Medical and sanitary report on the native army of Bombay for the year
Year: 1879
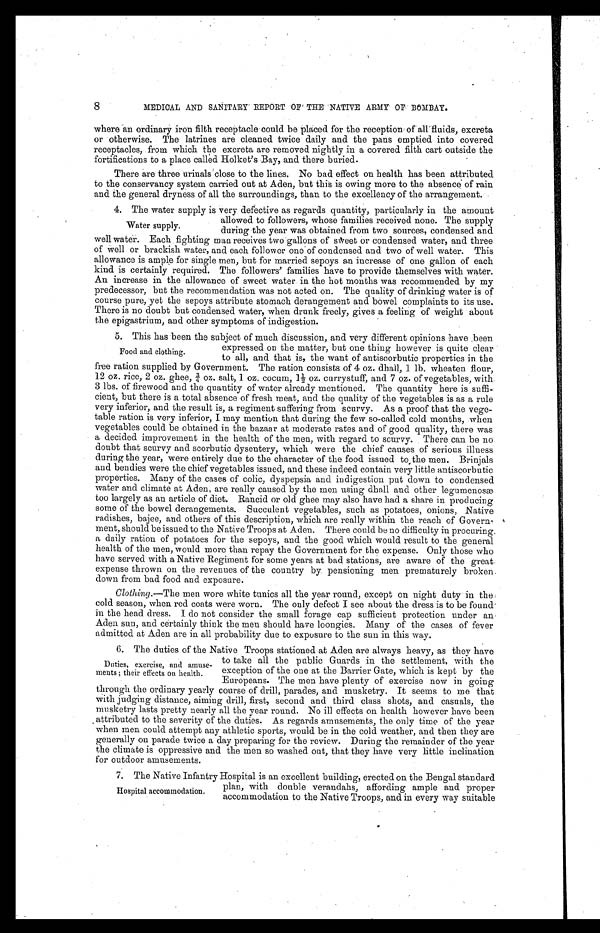
8
MEDICAL AND SANITARY REPORT OF' THE NATIVE ARMY OF BOMBAY.
where an ordinary iron filth receptacle could be placed for the reception of all fluids, excreta
or otherwise. The latrines are cleaned twice daily and the pans emptied into covered
receptacles, from which the excreta are removed nightly in a covered filth cart outside the
fortifications to a place called Holket's Bay, and there buried.
There are three urinals close to the lines. No bad effect on health has been attributed
to the conservancy system carried out at Aden, but this is owing more to the absence of rain
and the general dryness of all the surroundings, than to the excellency of the arrangement.
4. The water supply is very defective as regards quantity, particularly in the amount
allowed to followers, whose families received none. The supply
during the year was obtained from two sources, condensed and
well water. Each fighting man receives two gallons of sweet or condensed water, and three
of well or brackish water, and each follower one of condensed and two of well water. This
allowance is ample for single men, but for married sepoys an increase of one gallon of each
kind is certainly required. The followers' families have to provide themselves with water.
An increase in the allowance of sweet water in the hot months was recommended by my
predecessor, but the recommendation was not acted on. The quality of drinking water is of
course pure, yet the sepoys attribute stomach derangement and bowel complaints to its use.
There is no doubt but condensed water, when drunk freely, gives a feeling of weight about
the epigastrium, and other symptoms of indigestion.
5. This has been the subject of much discussion, and very different opinions have been
expressed on the matter, but one thing however is quite clear
to all, and that is, the want of antiscorbutic properties in the
free ration supplied by Government. The ration consists of 4 oz. dhall, 1 lb. wheaten flour,
12 oz. r i ce, 2 oz. ghee, ¾oz. sal t , 1 oz. cocum, 1½ oz. cur r y- st uf f , and 7 oz. of veget abl es, wi t h
3 lbs. of firewood and the quantity of water already mentioned. The quantity here is suffi
cient, but there is a total absence of fresh meat, and the quality of the vegetables is as a rule
very inferior, and the result is, a regiment suffering from scurvy. As a proof that the vege-
table ration is very inferior, I may mention that during the few so-called cold months, when
vegetables could be obtained in the bazaar at moderate rates and of good quality, there was
• a decided improvement in the health of the men, with regard to scurvy. . There can be no-
doubt that scurvy and scorbutic dysentery, which were the chief causes of serious illness
- during the year, were entirely due to the character of the food issued to the men. Brinjals
and bendies were the chief vegetables issued, and these indeed contain very little antiscorbutic
properties. Many of the cases of colic, dyspepsia and indigestion put down to condensed
water and climate at Aden, are really caused by the men using dhall and other legumenosæ
too largely as an article of diet. Rancid or old ghee may also have had a share in producing
some of the bowel derangements. Succulent vegetables, such as potatoes, onions, Native
radishes, bajee, and others of this description, which are really within the reach of Govern-
ment, should be issued to the Native Troops at Aden. There could be no difficulty in procuring.
a daily ration of potatoes for the sepoys, and the good which would result to the general
health of the men, would more than repay the Government for the expense. Only those who
have served with a Native Regiment for some years at bad stations, are aware of the great.
expense thrown on the revenues of the country by pensioning men prematurely broken.
down from bad food and exposure.
Clothing.—The men wore white tunics all the year round, except on night duty in the
cold season, when red coats were worn. The only defect I see about the dress is to be found
in the head dress. I do not consider the small forage cap sufficient protection under an
Aden sun, and certainly think the men should have loongies. Many of the cases of fever
admitted at Aden are in all probability due to exposure to the sun in this way.
6. The duties of the Native Troops stationed at Aden are always heavy, as they have
to take all the public Guards in the settlement, with the
exception of the one at the Barrier Gate, which is kept by the
Europeans. The men have plenty of exercise now in going
through the ordinary yearly course of drill, parades, and musketry. It seems to me that
with judging distance, aiming drill, first, second and third class shots, and casuals, the
musketry lasts pretty nearly all the year round. No ill effects on health however have been
attributed to the severity of the duties. As regards amusements, the only time of the year
•when men could attempt any athletic sports, would be in the cold weather, and then they are
generally on parade twice a day preparing for the review. During the remainder of the year
the climate is oppressive and the men so washed out, that they have very little inclination
for outdoor amusements.
Water supply.
Food and clothinu.
Duties, exercise, and amuse-
ments; their effects on health.
Hospital accommodation.
7. The Native Infantry Hospital is an excellent building, erected on the Bengal standard
plan, with double verandahs, affording ample and proper
accommodation to the Native Troops, and in every way suitable